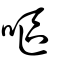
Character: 嘔